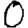
Digit: 0